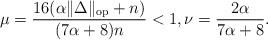
LaTeX: \begin{align*} \mu = \frac{16(\alpha\|\Delta\|_{\rm op}+n)}{(7\alpha+8)n} < 1, \nu = \frac{2\alpha}{7\alpha+8}.\end{align*}